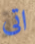
اتى